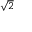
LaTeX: \scriptstyle { \sqrt { 2 } }